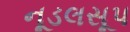
નૂડલસૂપ